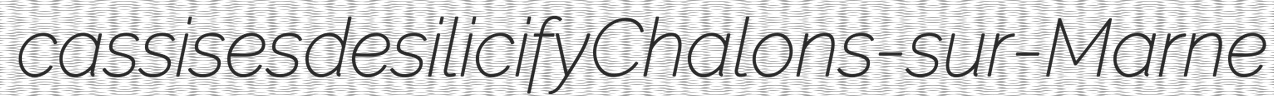
cassises desilicify Chalons-sur-Marne